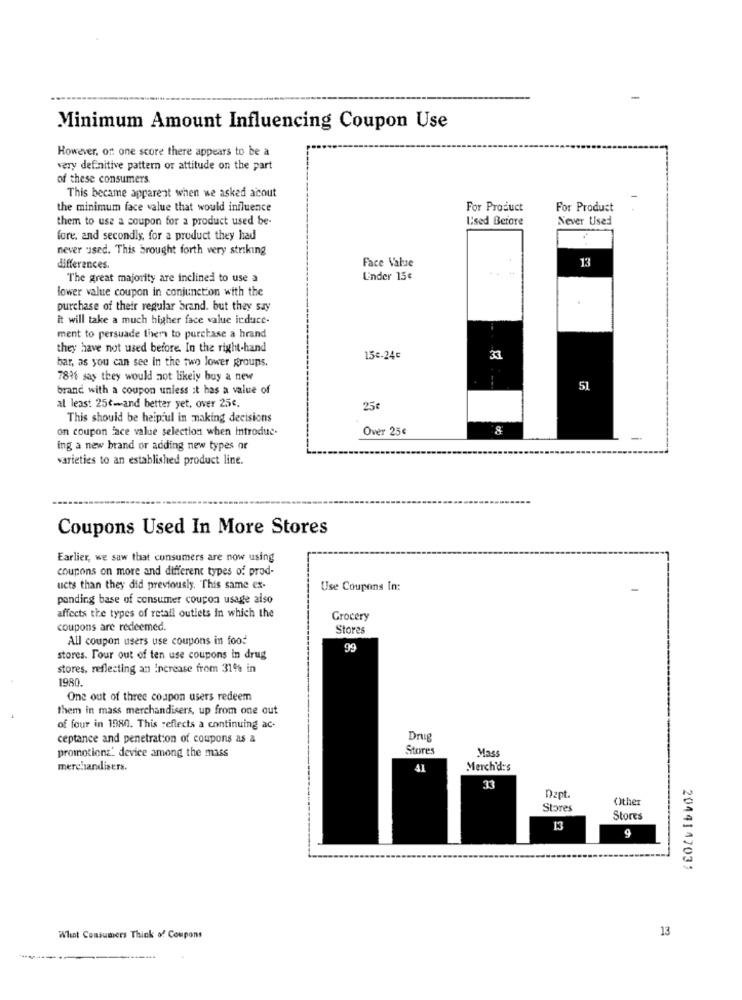
Minimum Amount Influencing Coupon Use
However, on one score there appears to be a
very definitive pattern or attitude on the part
of these consumers.
This became apparent when we asked acout
the minimum face value that would influence
For Product
For Product
them to use a coupon for a product used be-
Used Before
Never Used
fore, and secondly, for a product they had
never used. This brought forth very striking
Face Value
13
differences.
....
The great majority are inclined to use a
Under 15€
lower value coupon in conjunction with the
.
purchase of their regular brand. but they say
it will take a much higher face value induce-
ment to persuade thers to purchase a hrand
they have not used before. In the right-hand
bar, as you can see in the two lower groups.
15€-24€
33
7811 say they would not likely buy a new
brand with a coupon unless it has a value of
51
al least 25t-and better yet, over 25€.
25€
This should be heip:ul in making decisions
on coupon face value selection when introduc.
Over 25€
8
ing a new brand or adding new types or
varieties to an established product line.
Coupons Used In More Stores
Earlier, we saw that consumers are now using
coupons on more and different types of prod-
ucts than they did previously. This same ex-
Use Coupons In:
-
panding base of consumer coupon usage also
affects the types of retail outlets in which the
Grocery
coupons are redeemed.
Stores
All coupon users use coupons in food
99
stores. Pour out of ten use coupons in drug
stores, reflecting an increase from 31% in
1980.
One out of three coupon users redeem
them in mass merchandisers, up from one out
of four in 1980. This reflects a continuing ac-
ceptance and penetration of coupons as a
Drug
Stores
Mass
promotionz' device among the mass
merchandisers.
41
Merch'd:'s
33
Dept.
Other
Stores
Stores
13
9
2044147031
13
What Consumers Think of Coupons
-------